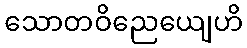
သောတဝိညေယျေဟိ